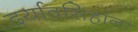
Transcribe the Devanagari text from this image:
दर्यावसिहांना